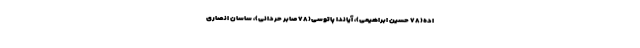
اده(۷۸ حسین ابراهیمی)، آیاندا پاتوسی(۷۸ صابر حردانی)، ساسان انصاری